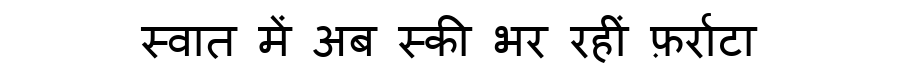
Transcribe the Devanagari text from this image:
स्वात में अब स्की भर रहीं फ़र्राटा